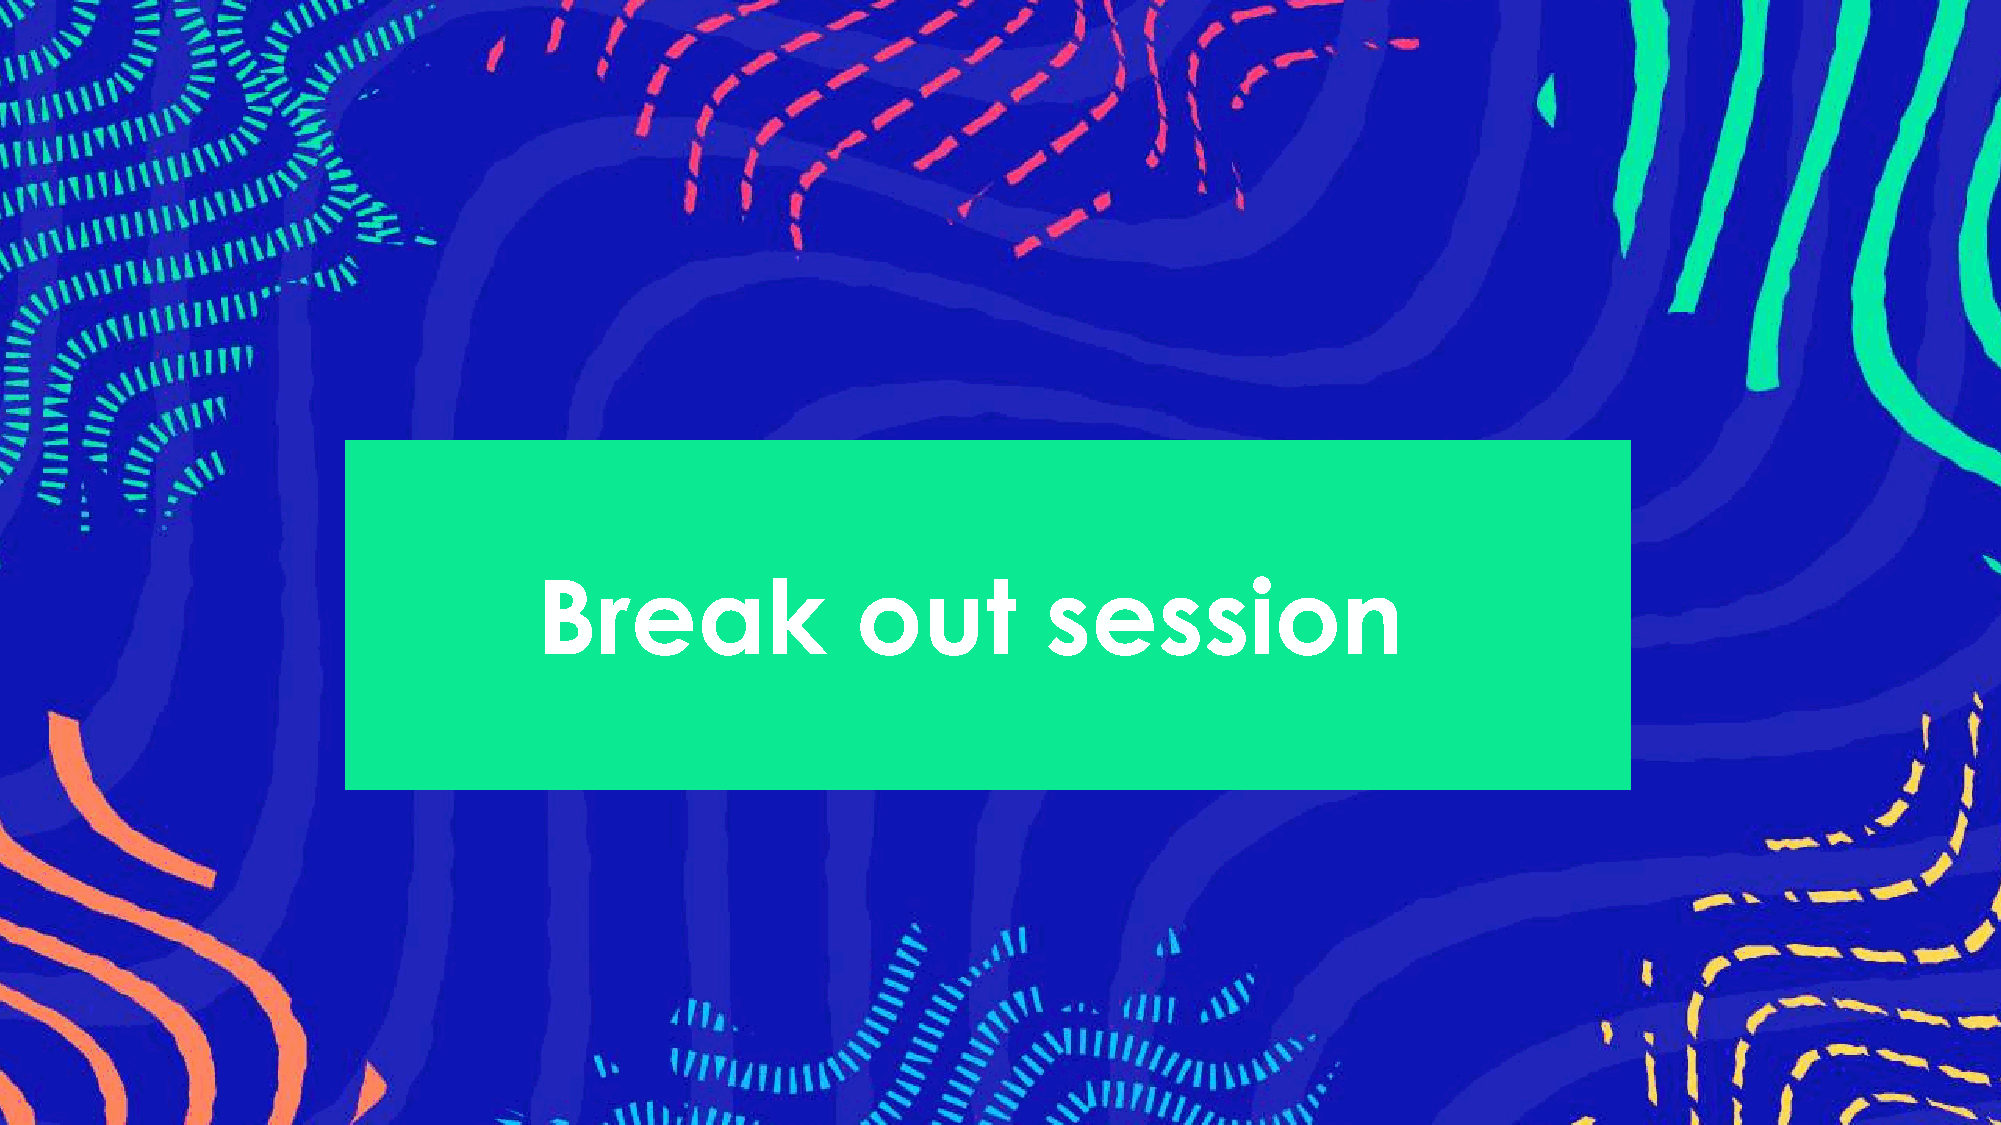
Break                out         session
 23